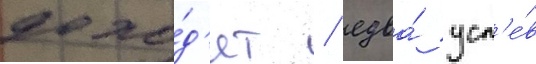
дохо́д'ят / едва́ усп'е́в